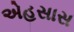
એહસાસ